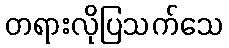
တရားလိုပြသက်သေ